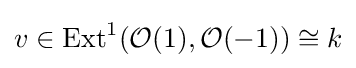
v\in {\text{Ext}}^{1}({\mathcal {O}}(1),{\mathcal {O}}(-1))\cong k